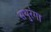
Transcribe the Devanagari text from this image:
सथुरंगा